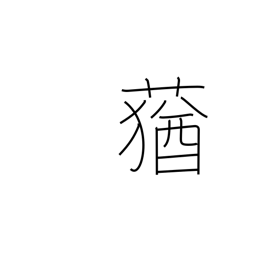
Meaning: foul-smelling grass